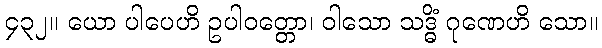
၄၃၂။ ယော ပါပေဟိ ဥပါဝတ္တော၊ ဝါသော သဒ္ဓိံ ဂုဏေဟိ သော။